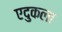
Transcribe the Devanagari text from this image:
एदुकला